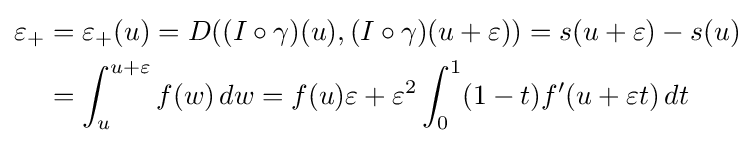
{\begin{aligned}\varepsilon _{+}&=\varepsilon _{+}(u)=D((I\circ \gamma )(u),(I\circ \gamma )(u+\varepsilon ))=s(u+\varepsilon )-s(u)\\&=\int _{u}^{u+\varepsilon }f(w)\,dw=f(u)\varepsilon +\varepsilon ^{2}\int _{0}^{1}(1-t)f'(u+\varepsilon t)\,dt\end{aligned}}